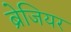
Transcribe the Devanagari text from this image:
ब्रेजियर